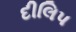
દીલિપ